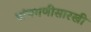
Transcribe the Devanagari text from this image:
पांचगणीसारखी